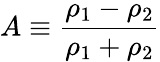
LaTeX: A\equiv\frac{\rho_{1}-\rho_{2}}{\rho_{1}+\rho_{2}}